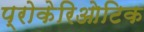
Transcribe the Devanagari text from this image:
प्रोकेरिओटिक